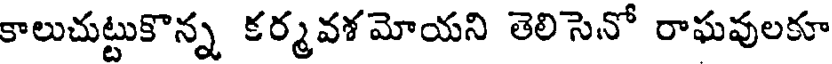
కాలుచుట్టుకొన్న కర్మవశమోయని తెలిసెనో రాఘవులకూ